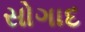
સોગાદ